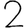
Digit: 2